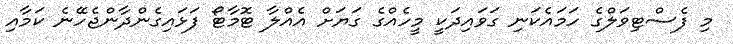
މި ފެސްޓިވަލްގެ ހަމައެކަނި ގަވައިދަކީ މީހެއްގެ ގަޔަށް އެއްލާ ޓޮމާޓޯ ފަޅައިގެންދާންޖެހޭނެ ކަމާއި